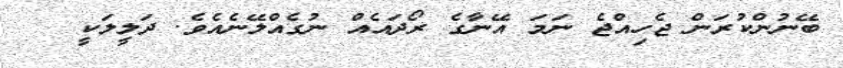
ބޭނުންކުރަން ޖެހިއްޖެ ނަމަ އޭނާގެ ރޯދައެއް ނުގެއްލޭނެއެވެ. ދަލީލަކީ